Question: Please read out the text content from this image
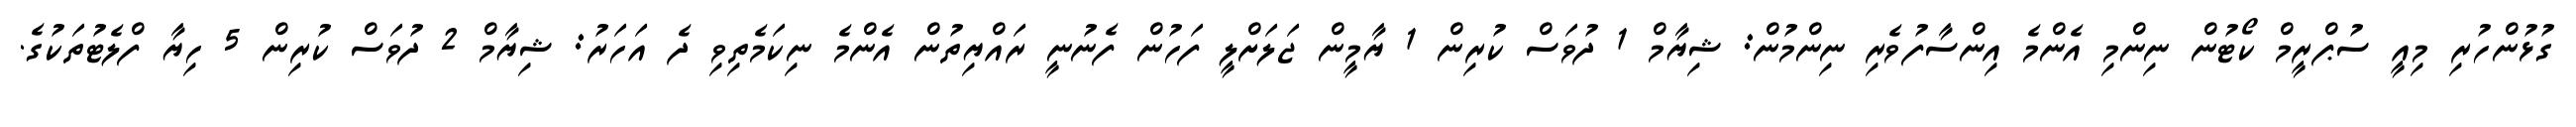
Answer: ގުޅުންހުރި މިއީ ސުޕްރީމް ކޯޓުން ނިންމި އެންމެ އިންސާފުވެރި ނިންމުން: ޝިޔާމް 1 ދުވަސް ކުރިން 1 ޔާމީން ޖަލަށްލީ ފަހުން ފެނުނީ ރައްޔިތުން އެންމެ ނިކަމެތިވި ދެ އަހަރު: ޝިޔާމް 2 ދުވަސް ކުރިން 5 ހިޔާ ފްލެޓުތަކުގެ.